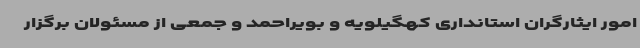
امور ایثارگران استانداری کهگیلویه و بویراحمد و جمعی از مسئولان برگزار